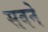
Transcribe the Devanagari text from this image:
सवने